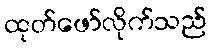
ထုတ်ဖော်လိုက်သည်